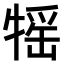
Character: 𤚭